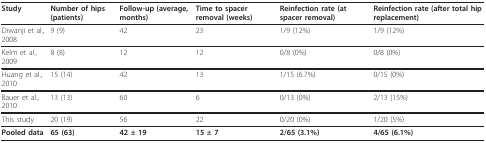
<table><thead><tr><td><b>Study</b></td><td><b>Number of hips (patients)</b></td><td><b>Follow-up (average, months)</b></td><td><b>Time to spacer removal (weeks)</b></td><td><b>Reinfection rate (at spacer removal)</b></td><td><b>Reinfection rate (after total hip replacement)</b></td></tr></thead><tbody><tr><td>Diwanji et al., 2008</td><td>9 (9)</td><td>42</td><td>23</td><td>1/9 (12%)</td><td>1/9 (12%)</td></tr><tr><td>Kelm et al., 2009</td><td>8 (8)</td><td>12</td><td>12</td><td>0/8 (0%)</td><td>0/8 (0%)</td></tr><tr><td>Huang et al., 2010</td><td>15 (14)</td><td>42</td><td>13</td><td>1/15 (6.7%)</td><td>0/15 (0%)</td></tr><tr><td>Bauer et al., 2010</td><td>13 (13)</td><td>60</td><td>6</td><td>0/13 (0%)</td><td>2/13 (15%)</td></tr><tr><td>This study</td><td>20 (19)</td><td>56</td><td>22</td><td>0/20 (0%)</td><td>1/20 (5%)</td></tr><tr><td><b>Pooled data</b></td><td><b>65 (63)</b></td><td><b>42 ± 19</b></td><td><b>15 ± 7 </b></td><td><b>2/65 (3.1%)</b></td><td><b>4/65 (6.1%)</b></td></tr></tbody></table>